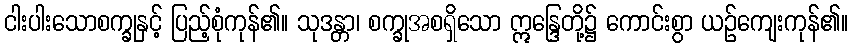
ငါးပါးသောစက္ခုနှင့် ပြည့်စုံကုန်၏။ သုဒန္တာ၊ စက္ခုအစရှိသော ဣန္ဒြေတို့၌ ကောင်းစွာ ယဉ်ကျေးကုန်၏။